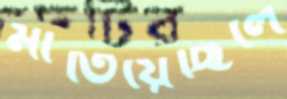
মাতিয়েছিলে